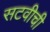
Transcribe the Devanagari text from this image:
सटवीची